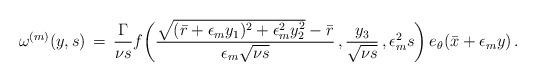
LaTeX: \begin{align*} \omega^{(m)}(y,s) \,=\, \frac{\Gamma}{\nu s}f\biggl( \frac{\sqrt{(\bar r + \epsilon_m y_1)^2 + \epsilon_m^2 y_2^2}-\bar r}{ \epsilon_m \sqrt{\nu s}}\,,\frac{y_3}{\sqrt{\nu s}}\,,\epsilon_m^2 s \biggr)\,e_\theta(\bar x + \epsilon_m y)\,.\end{align*}